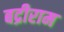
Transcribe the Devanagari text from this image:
बद्रीराम